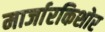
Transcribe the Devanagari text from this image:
मार्जारकिशोर